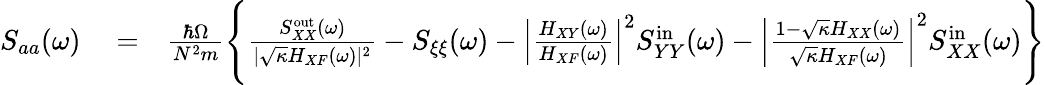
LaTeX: \begin{array}{rlr}{S_{aa}(\omega)}&{{}=}&{\frac{\hbar\Omega}{N^{2}m}\Bigg\{ \frac{S_{XX}^{\mathrm{out}}(\omega)}{|\sqrt{\kappa}H_{XF}(\omega)|^{2}}-S_{\xi\xi}(\omega)-\left|\frac{H_{XY}(\omega)}{H_{XF}(\omega)}\right|^{2}S_{YY}^{\mathrm{in}}(\omega)-\left|\frac{1-\sqrt{\kappa}H_{XX}(\omega)}{\sqrt{\kappa}H_{XF}(\omega)}\right|^{2}S_{XX}^{\mathrm{in}}(\omega)\Bigg\} }\end{array}